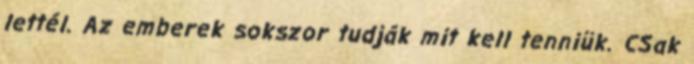
lettél. Az emberek sokszor tudják mit kell tenniük. CSak